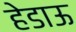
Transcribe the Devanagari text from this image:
हेडाऊ